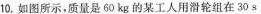
10.如图所示，质量是60kg的某工人用滑轮组在30s